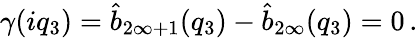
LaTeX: \gamma(iq_{3})=\hat{b}_{2\infty+1}(q_{3})-\hat{b}_{2\infty}(q_{3})=0\, .